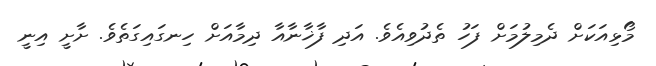
މޯޅިއަކަށް ދެމިލުމަށް ފަހު ތެދުވިއެވެ. އަދި ފާޚާނާއާ ދިމާއަށް ހިނގައިގަތެވެ. ށާށީ އިނީ